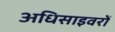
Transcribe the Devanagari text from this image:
अधिसाइवरों